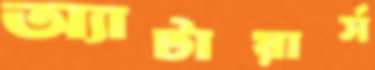
অ্যাটায়ার্স